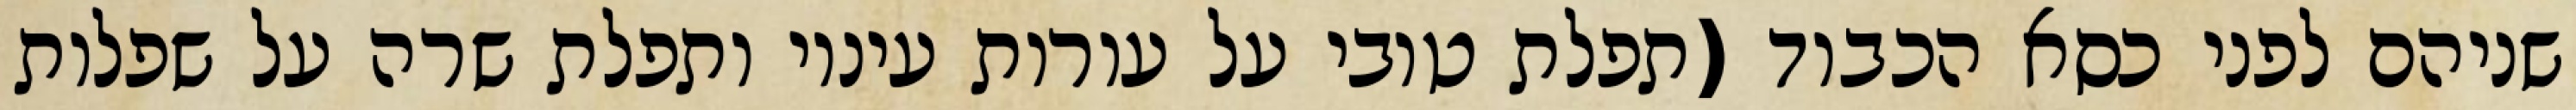
שניהם לפני כסא הכבוד (תפלת טובי על עורות עיניו ותפלת שרה על שפלות